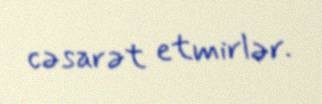
cəsarət etmirlər.